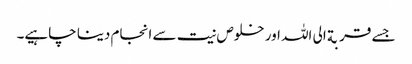
جسے قربة الی اللہ اور خلوص نیت سے انجام دینا چاہیے۔